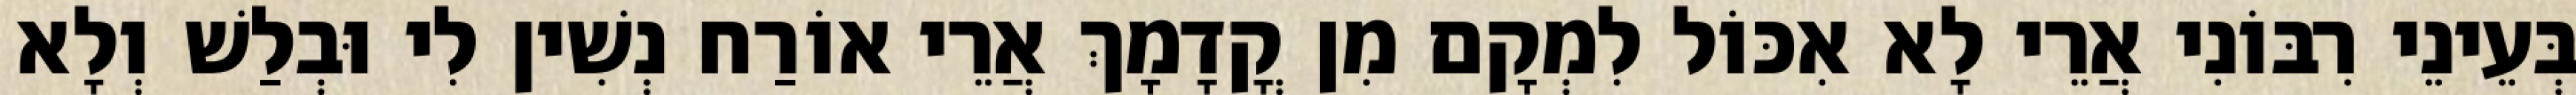
בְּעֵינֵי רִבּוֹנִי אֲרֵי לָא אִכּוֹל לִמְקָם מִן קֳדָמָךְ אֲרֵי אוֹרַח נְשִׁין לִי וּבְלַשׁ וְלָא